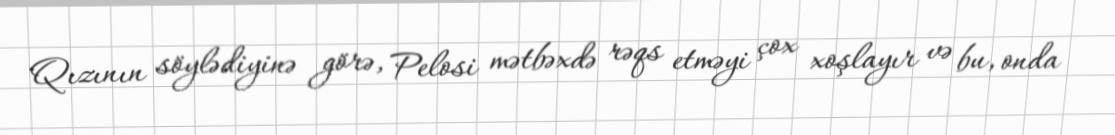
Qızının söylədiyinə görə, Pelosi mətbəxdə rəqs etməyi çox xoşlayır və bu, onda